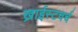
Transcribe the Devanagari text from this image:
ख्राईस्टचर्च